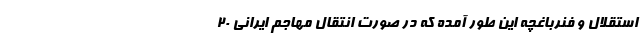
استقلال و فنرباغچه این طور آمده که در صورت انتقال مهاجم ایرانی ۲۰